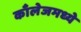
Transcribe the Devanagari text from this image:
काँलेजमध्ये